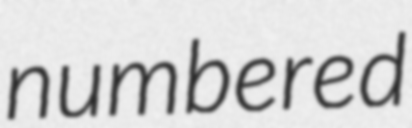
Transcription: numbered